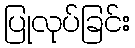
ပြုလုပ်ခြင်း